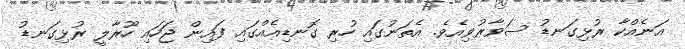
އަނެއްކާ ރުޅިގަނޑު ސަވާރުވިއެވެ. އެތަނުގައި ހުރި ގޮނޑިއެއްގައި ފައިން ޖަހައި ހޫރާލީ ރުޅިގަނޑު